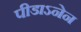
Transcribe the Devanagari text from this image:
पीडाऽनेन